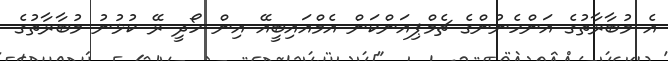
އެ މުބާރާތުގެ އަންހެނުންގެ ޗެމްޕިއަންކަން އެމްއައިބީއޭ އިން ހޯދީ ރޭ ކުޅުނު މުބާރާތުގެ